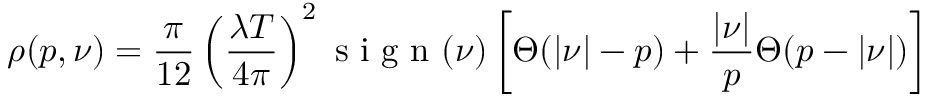
\rho ( p , \nu ) = \frac { \pi } { 1 2 } \left( \frac { \lambda T } { 4 \pi } \right) ^ { 2 } \textmd { s i g n } ( \nu ) \left[ \Theta ( | \nu | - p ) + \frac { | \nu | } { p } \Theta ( p - | \nu | ) \right]